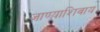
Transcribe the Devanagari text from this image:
जाण्याशिवाय